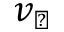
v _ { \perp }